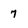
Character: 7